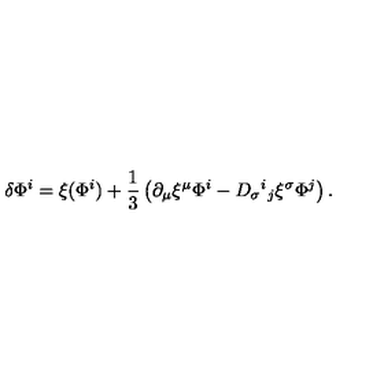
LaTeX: \delta \Phi ^ { i } = \xi ( \Phi ^ { i } ) + { \frac { 1 } { 3 } } \left( \partial _ { \mu } \xi ^ { \mu } \Phi ^ { i } - D _ { \sigma } { } ^ { i } { } _ { j } \xi ^ { \sigma } \Phi ^ { j } \right) .